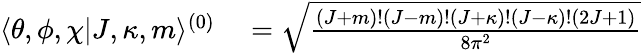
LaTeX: \begin{array}{rl}{\langle\theta,\phi,\chi|J,\kappa,m\rangle^{(0)}}&{{}=\sqrt{\frac{(J+m)!(J-m)!(J+\kappa)!(J-\kappa)!(2J+1)}{8\pi^{2}}}}\end{array}